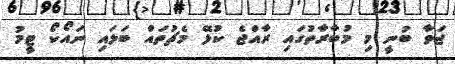
ޖަވާ ބުނީ މި މުބާރާތުގައި ރާއްޖެ ކުޅޭ މެޗުތައް ބަލަައި ނައޯކޯ ޓީމު